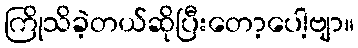
ကြိုသိခဲ့တယ်ဆိုပြီးတော့ပေါ့ဗျာ။